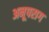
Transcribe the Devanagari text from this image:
अनूपराग